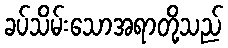
ခပ်သိမ်းသောအရာတို့သည်